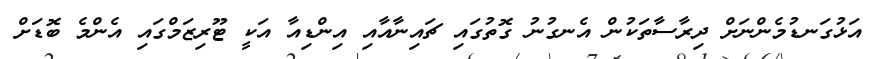
އަޅުގަނޑުމެންނަށް ދިރާސާތަކުން އެނގުނު ގޮތުގައި ޗައިނާއާއި އިންޑިއާ އަކީ ޓޫރިޒަމްގައި އެންމެ ބޮޑަށް